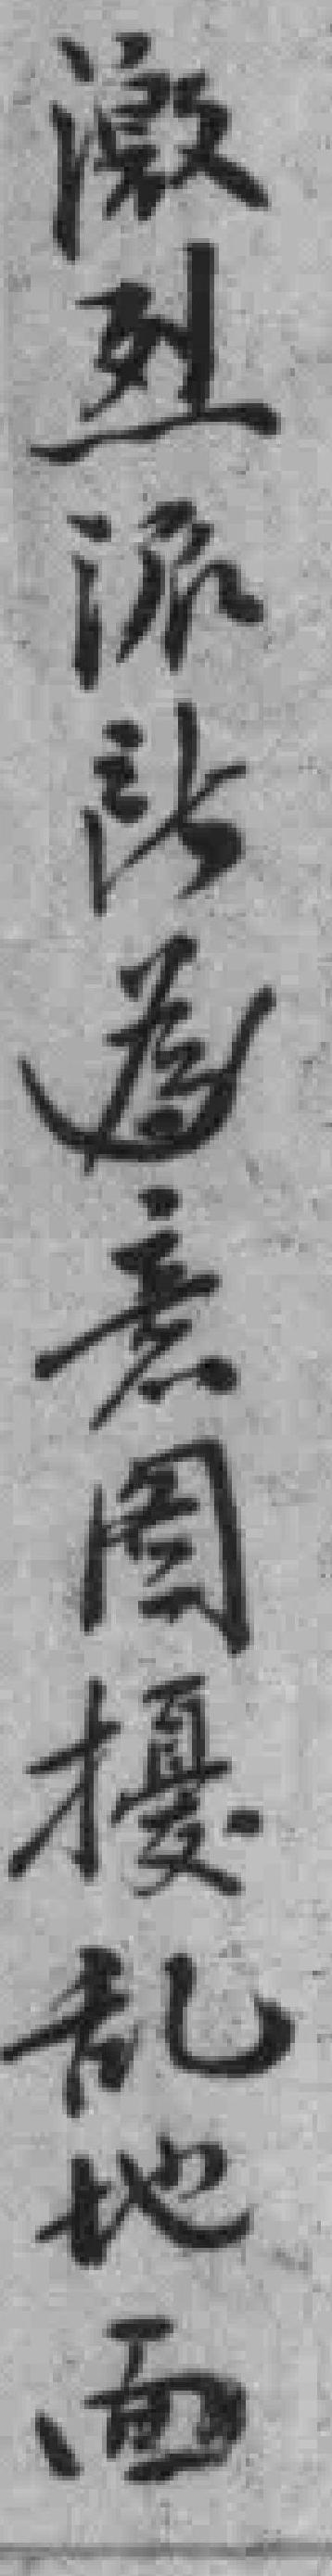
激烈派站為意图擾乱地面